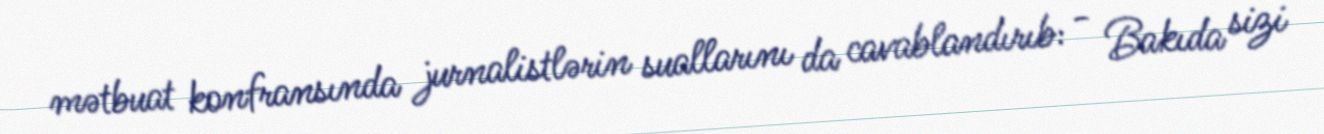
mətbuat konfransında jurnalistlərin suallarını da cavablandırıb: - Bakıda sizi